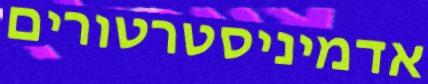
אדמיניסטרטורים